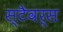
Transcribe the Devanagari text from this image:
स्टैवर्स